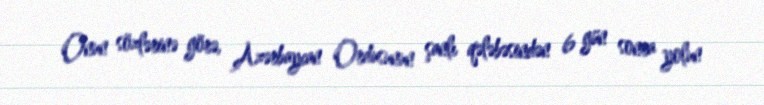
Onun sözlərinə görə, Azərbaycan Ordusunun şanlı qələbəsindən 6 gün sonra yolun